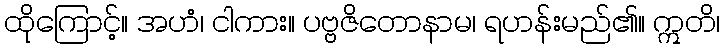
ထိုကြောင့်။ အဟံ၊ ငါကား။ ပဗ္ဗဇိတောနာမ၊ ရဟန်းမည်၏။ ဣတိ၊